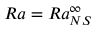
R a = R a _ { N S } ^ { \infty }